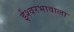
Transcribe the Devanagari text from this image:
ईश्‍वरभावाला